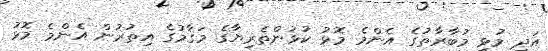
އަދި މުޅި މުބާރާތުގެ އެންމެ މޮޅު ކުޅުންތެރިޔާގެ މަޤާމުގެ އިތުރުން އެންމެ މޮޅު